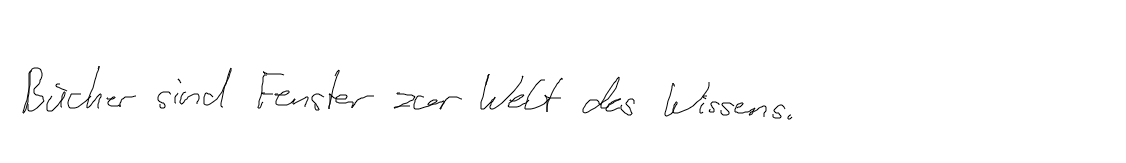
Bücher sind Fenster zur Welt des Wissens.